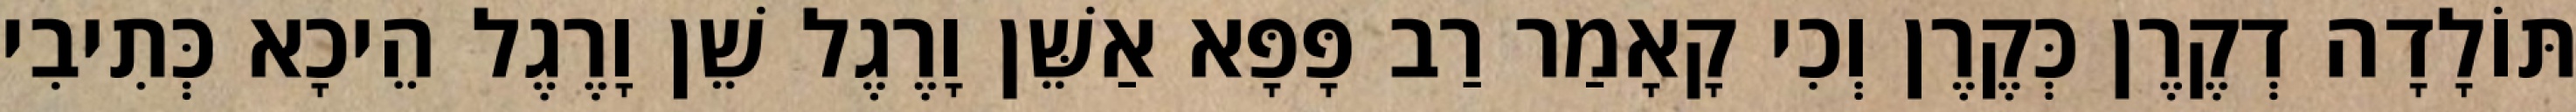
תּוֹלָדָה דְקֶרֶן כְּקֶרֶן וְכִי קָאָמַר רַב פָּפָּא אַשֵּׁן וָרֶגֶל שֵׁן וָרֶגֶל הֵיכָא כְּתִיבִי